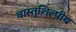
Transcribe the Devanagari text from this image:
वास्‍तुशिल्‍पीय